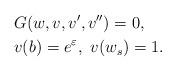
LaTeX: \begin{align*}&G(w,v,v',v'')=0,\\& v(b)=e^{\varepsilon}, \ v(w_s)=1.\end{align*}